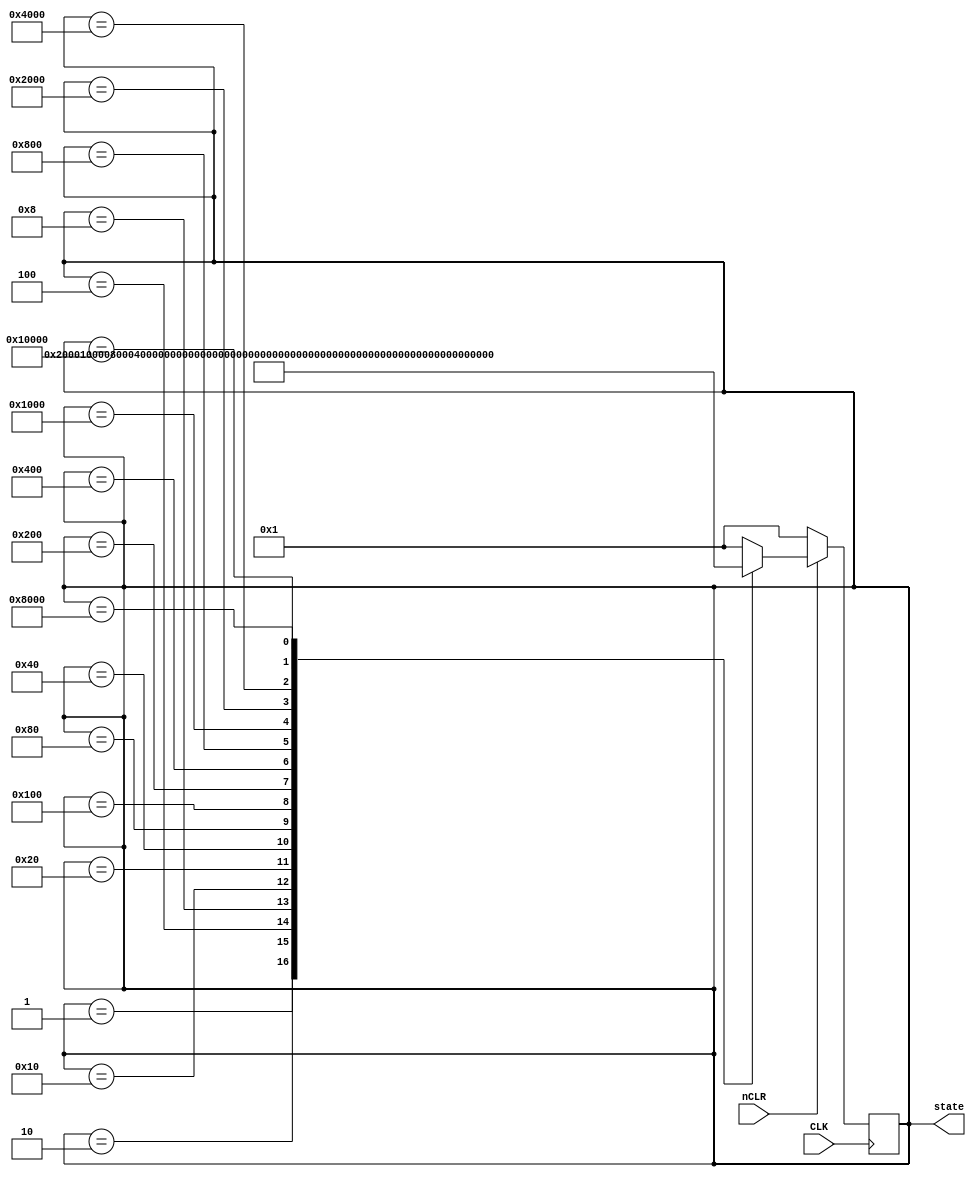
/*
* Ring counter
* Generates the T-States for the Control Unit (Controller)
*
* Author's Name : Hesham Mohamed Adb El-Hamed Ali
*
* Input :
* CLK   = Clock
* nCLR  = Clear (0 :clear)
*
* Output :
* stste = T-States for the Control Unit
*/
module ring_counter (
			output reg [17:0] state,
			input             CLK,
			input             nCLR );

	// T-States
    	parameter T01    = 18'b000000_000000_000001;
    	parameter T02    = 18'b000000_000000_000010;
    	parameter T03    = 18'b000000_000000_000100;
    	parameter T04    = 18'b000000_000000_001000;
	parameter T05    = 18'b000000_000000_010000;
	parameter T06    = 18'b000000_000000_100000;
	parameter T07    = 18'b000000_000001_000000;
	parameter T08    = 18'b000000_000010_000000;
	parameter T09    = 18'b000000_000100_000000;
	parameter T10    = 18'b000000_001000_000000;
	parameter T11    = 18'b000000_010000_000000;
	parameter T12    = 18'b000000_100000_000000;
	parameter T13    = 18'b000001_000000_000000;
	parameter T14    = 18'b000010_000000_000000;
	parameter T15    = 18'b000100_000000_000000;
	parameter T16    = 18'b001000_000000_000000;
	parameter T17    = 18'b010000_000000_000000;
	parameter T18    = 18'b100000_000000_000000;

    initial begin
        state <= T01;
    end
    
    always @(posedge CLK) begin
	
        if(!nCLR) begin
		state <= T01;
	end

        else
            case(state)
			
                T01:      state <= T02;
                T02:      state <= T03;
                T03:      state <= T04;
                T04:      state <= T05;
                T05:      state <= T06;
		T06:      state <= T07;
                T07:      state <= T08;
                T08:      state <= T09;
                T09:      state <= T10;
                T10:      state <= T11;
		T11:      state <= T12;
                T12:      state <= T13;
                T13:      state <= T14;
                T14:      state <= T15;
                T15:      state <= T16;
		T16:      state <= T17;
                T17:      state <= T18;
				
                default: state <= T01;
				
            endcase
    end
endmodule